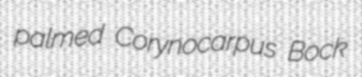
palmed Corynocarpus Bock